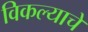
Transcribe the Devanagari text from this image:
विकल्याचे